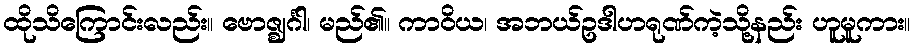
ထိုသိကြောင်းလည်း။ ဗောဇ္ဈင်္ဂါ၊ မည်၏။ ကာဝိယ၊ အဘယ်ဥဒါဟရုဏ်ကဲ့သို့နည်း ဟူမူကား။